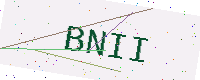
Text: BNII